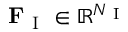
\mathbf { F } _ { \mathrm { ~ I ~ } } \in \mathbb { R } ^ { N _ { \mathrm { ~ I ~ } } }